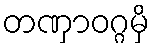
တဏှာဝဂ္ဂမှိ